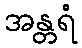
အန္တရံ